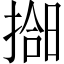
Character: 𫽰